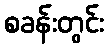
စခန်းတွင်း